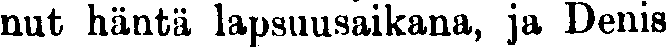
nut häntä lapsuusaikana, ja Denis